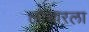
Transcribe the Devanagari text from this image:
लोथारला